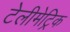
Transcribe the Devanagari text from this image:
टेलीमेट्रिक